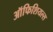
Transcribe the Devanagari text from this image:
ऑफिशियल्स